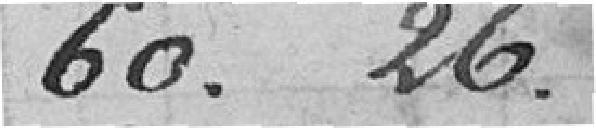
60.26